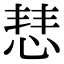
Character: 𢜎